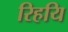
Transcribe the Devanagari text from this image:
रिहयि